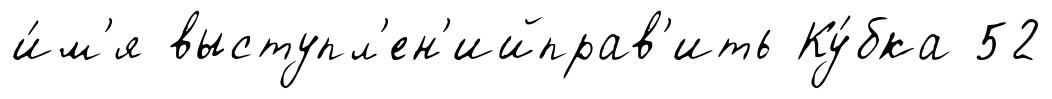
и́м'я выступл'ен'ийправ'ить Ку́бка 52